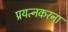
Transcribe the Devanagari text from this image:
प्रयत्नकरना